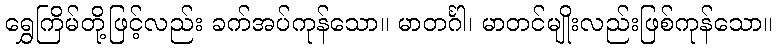
ရွှေကြိမ်တို့ဖြင့်လည်း ခက်အပ်ကုန်သော။ မာတင်္ဂါ၊ မာတင်မျိုးလည်းဖြစ်ကုန်သော။